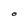
Character: O